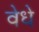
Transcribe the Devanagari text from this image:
वेधे